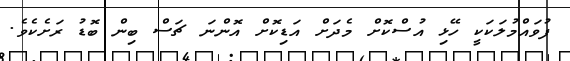
ފުވައްމުލަކަކީ ހޭޅި އުސްކޮށް މެދަށް އަޑިކޮށް އޮންނަ ޗަސް ބިން ބޮޑު ރަށެކެވެ.